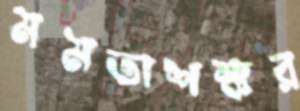
মমতাশঙ্কর